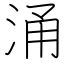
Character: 涌